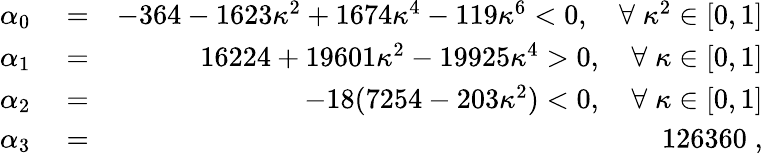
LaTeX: \begin{array}{rlr}{\alpha_{0}}&{{}=}&{-364-1623\kappa^{2}+1674\kappa^{4}-119\kappa^{6}<0,\quad\forall\; \kappa^{2}\in[0,1]}\\ {\alpha_{1}}&{{}=}&{16224+19601\kappa^{2}-19925\kappa^{4}>0,\quad\forall\; \kappa\in[0,1]}\\ {\alpha_{2}}&{{}=}&{-18(7254-203\kappa^{2})<0,\quad\forall\; \kappa\in[0,1]}\\ {\alpha_{3}}&{{}=}&{126360\; ,}\end{array}